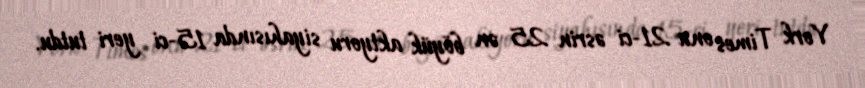
York Times onu 21-ci əsrin 25 ən böyük aktyoru siyahısında 15-ci yeri tutdu.